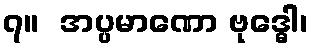
၇။  အပ္ပမာဏော ဗုဒ္ဓေါ၊